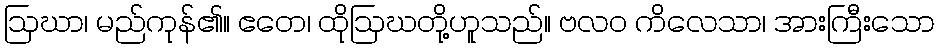
ဩဃာ၊ မည်ကုန်၏။ ဧတေ၊ ထိုဩဃတို့ဟူသည်။ ဗလဝ ကိလေသာ၊ အားကြီးသော